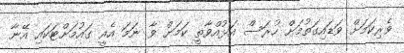
ވެރިކަމަށް ވަޑައިގަތުމަށް ހުރަސް އަޅުއްވާތީ ކަމަށް ވާ ނަމަ އެއީ ގައުމަށްޓަކައި އޭނާ